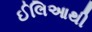
ઈલિઆથી